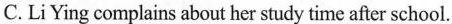
C. Li Ying complains about her study time after school.